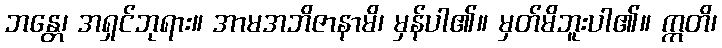
ဘန္တေ၊ အရှင်ဘုရား။ အာမအဘိဇာနာမိ၊ မှန်ပါ၏။ မှတ်မိဘူးပါ၏။ ဣတိ၊